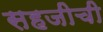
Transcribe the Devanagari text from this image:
सहजीची